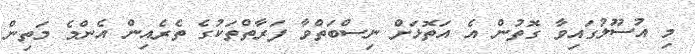
މި އުސޫލުގައިވާ ގޮތުން އެ އަތޮޅަށް ނިސްބަތްވާ ފަރާތްތަކުގެ ތެރެއިން އެންމެ މަތިން